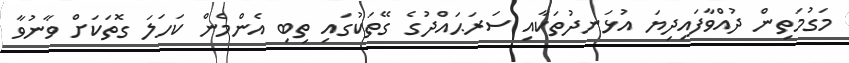
މަގުމަތިން ދުއްވާފައިދިޔަ އުޅަނދުތަކާއި ސަރަޙައްދުގެ ގޭތަކުގައި ތިބި އެންމެން ކަހަލަ ގޮތަކަށް ވާނުވާ